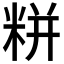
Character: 𮇛